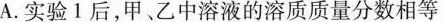
A.实验1后，甲、乙中溶液的溶质质量分数相等